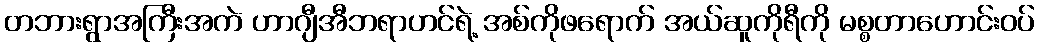
တဘားရွာအကြီးအကဲ ဟာဂျီအီဘရာဟင်ရဲ့ အစ်ကိုဖရောက် အယ်ဆူကိုရီကို မစ္စတာဟောင်းဝပ်